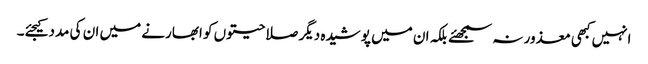
انہیں کبھی معذور نہ سمجھئے بلکہ ان میں پوشیدہ دیگر صلاحیتوں کو ابھارنے میں ان کی مدد کیجئے۔